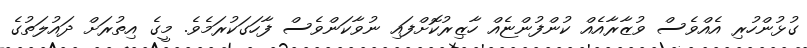
ގުޅުންހުރި އެއްވެސް ވުޒާރާއެއް ކުންފުންޏެއް ހާޒިރުކޮށްފައި ނުވާކަންވެސް ފާހަގަކުރަމެވެ. މީގެ އިތުރަށް ދައުލަތުގެ